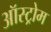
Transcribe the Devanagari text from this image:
ऑस्ट्रोम